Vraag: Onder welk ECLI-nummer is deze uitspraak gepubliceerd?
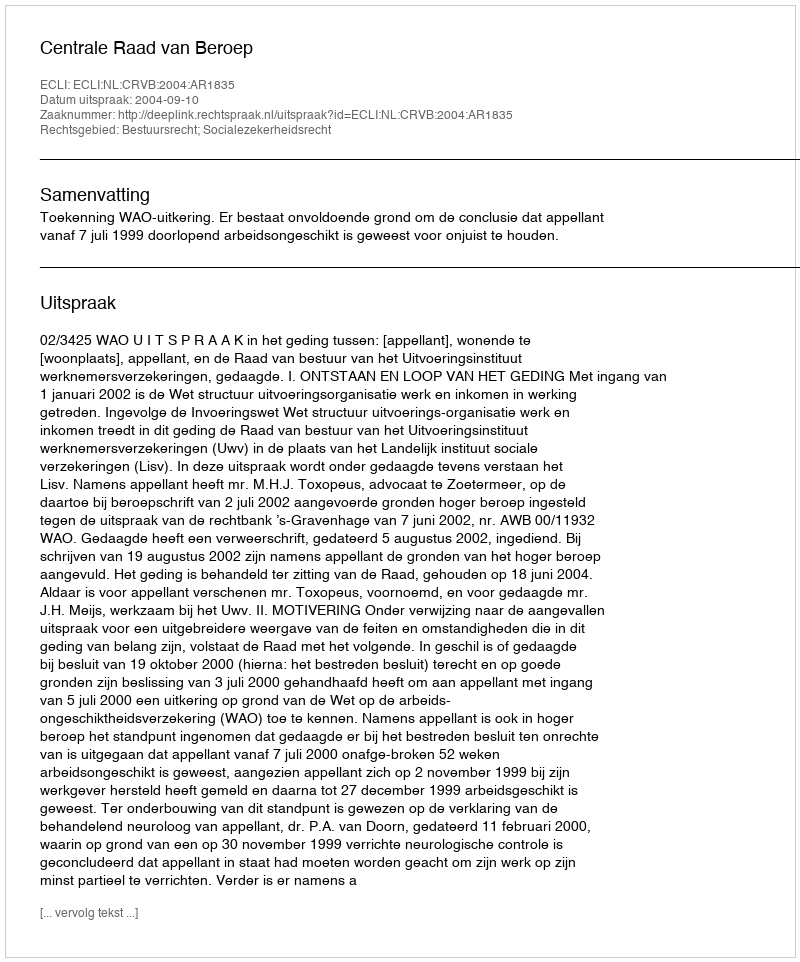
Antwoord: ECLI:NL:CRVB:2004:AR1835